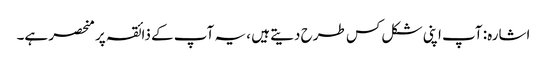
اشارہ: آپ اپنی شکل کس طرح دیتے ہیں ، یہ آپ کے ذائقہ پر منحصر ہے۔